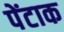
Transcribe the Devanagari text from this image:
पेंटाक